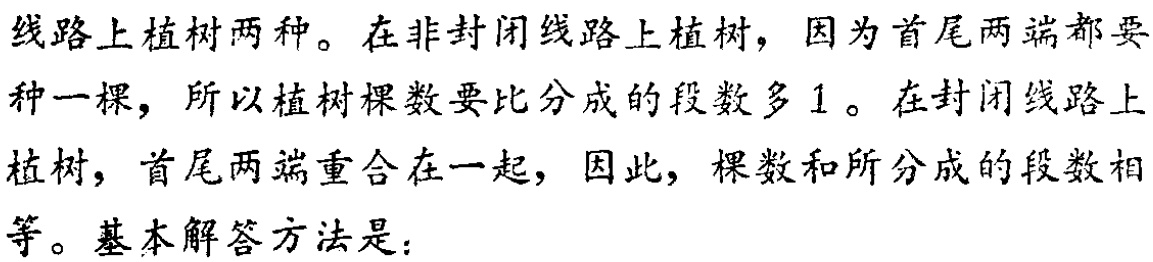
线路上植树两种。在非封闭线路上植树，因为首尾两端都要种一棵，所以植树棵数要比分成的段数多 1。在封闭线路上植树，首尾两端重合在一起，因此，棵数和所分成的段数相等。基本解答方法是：